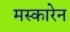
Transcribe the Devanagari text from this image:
मस्कारेन